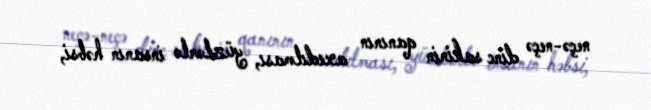
neçə-neçə dinc sakinin qanının axıdılması, yüzlərlə insanın həbsi,